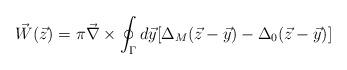
LaTeX: \begin{align*}\vec{W}(\vec{z}) = \pi \vec{\nabla}\times \oint_{\Gamma} d\vec{y} [\Delta_M(\vec{z}-\vec{y})-\Delta_0(\vec{z}-\vec{y})]\end{align*}